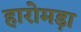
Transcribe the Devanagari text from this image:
हारोमड़ा